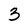
Character: 3